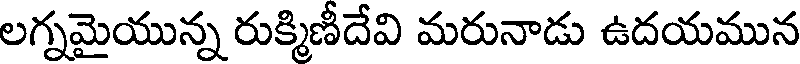
లగ్నమైయున్న రుక్మిణీదేవి మరునాడు ఉదయమున